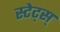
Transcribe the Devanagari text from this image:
स्टेट्स्